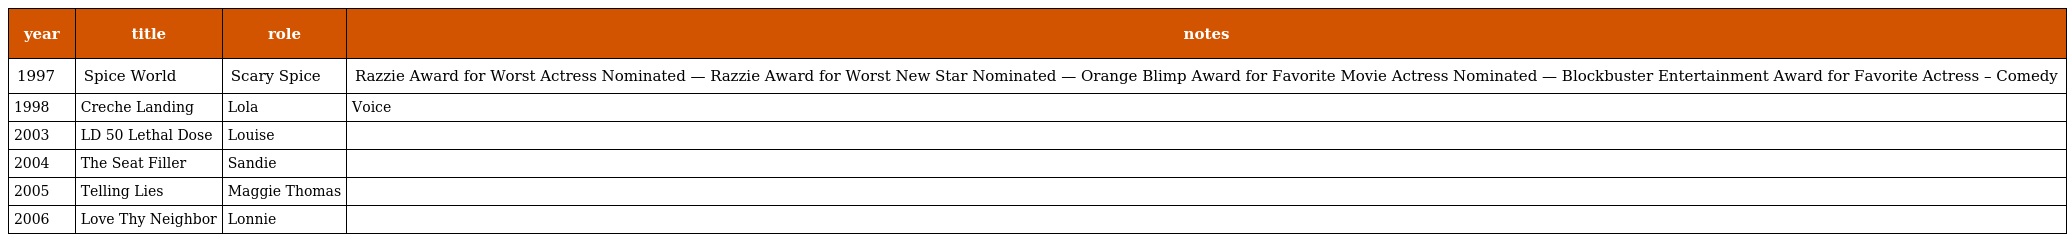
| year | title | role | notes |
 | --- | --- | --- | --- |
 | 1997 | Spice World | Scary Spice | Razzie Award for Worst Actress Nominated — Razzie Award for Worst New Star Nominated — Orange Blimp Award for Favorite Movie Actress Nominated — Blockbuster Entertainment Award for Favorite Actress – Comedy |
 | 1998 | Creche Landing | Lola | Voice |
 | 2003 | LD 50 Lethal Dose | Louise |  |
 | 2004 | The Seat Filler | Sandie |  |
 | 2005 | Telling Lies | Maggie Thomas |  |
 | 2006 | Love Thy Neighbor | Lonnie |  |